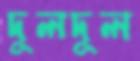
দুলদুল